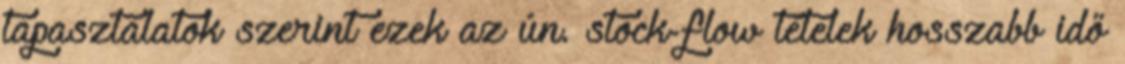
tapasztalatok szerint ezek az ún. stock-flow tételek hosszabb idő